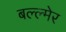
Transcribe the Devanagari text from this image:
बल्ल्मेर